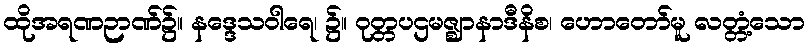
ထိုအရဏဉာဏ်၌။ နဒ္ဒေသဝါရေ၊ ၌။ ဝုတ္တပဌမဇ္ဈာနာဒီနိစ၊ ဟောတော်မူ လတ္တံ့သော